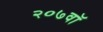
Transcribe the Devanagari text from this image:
२०७वॉ